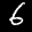
Label: 6